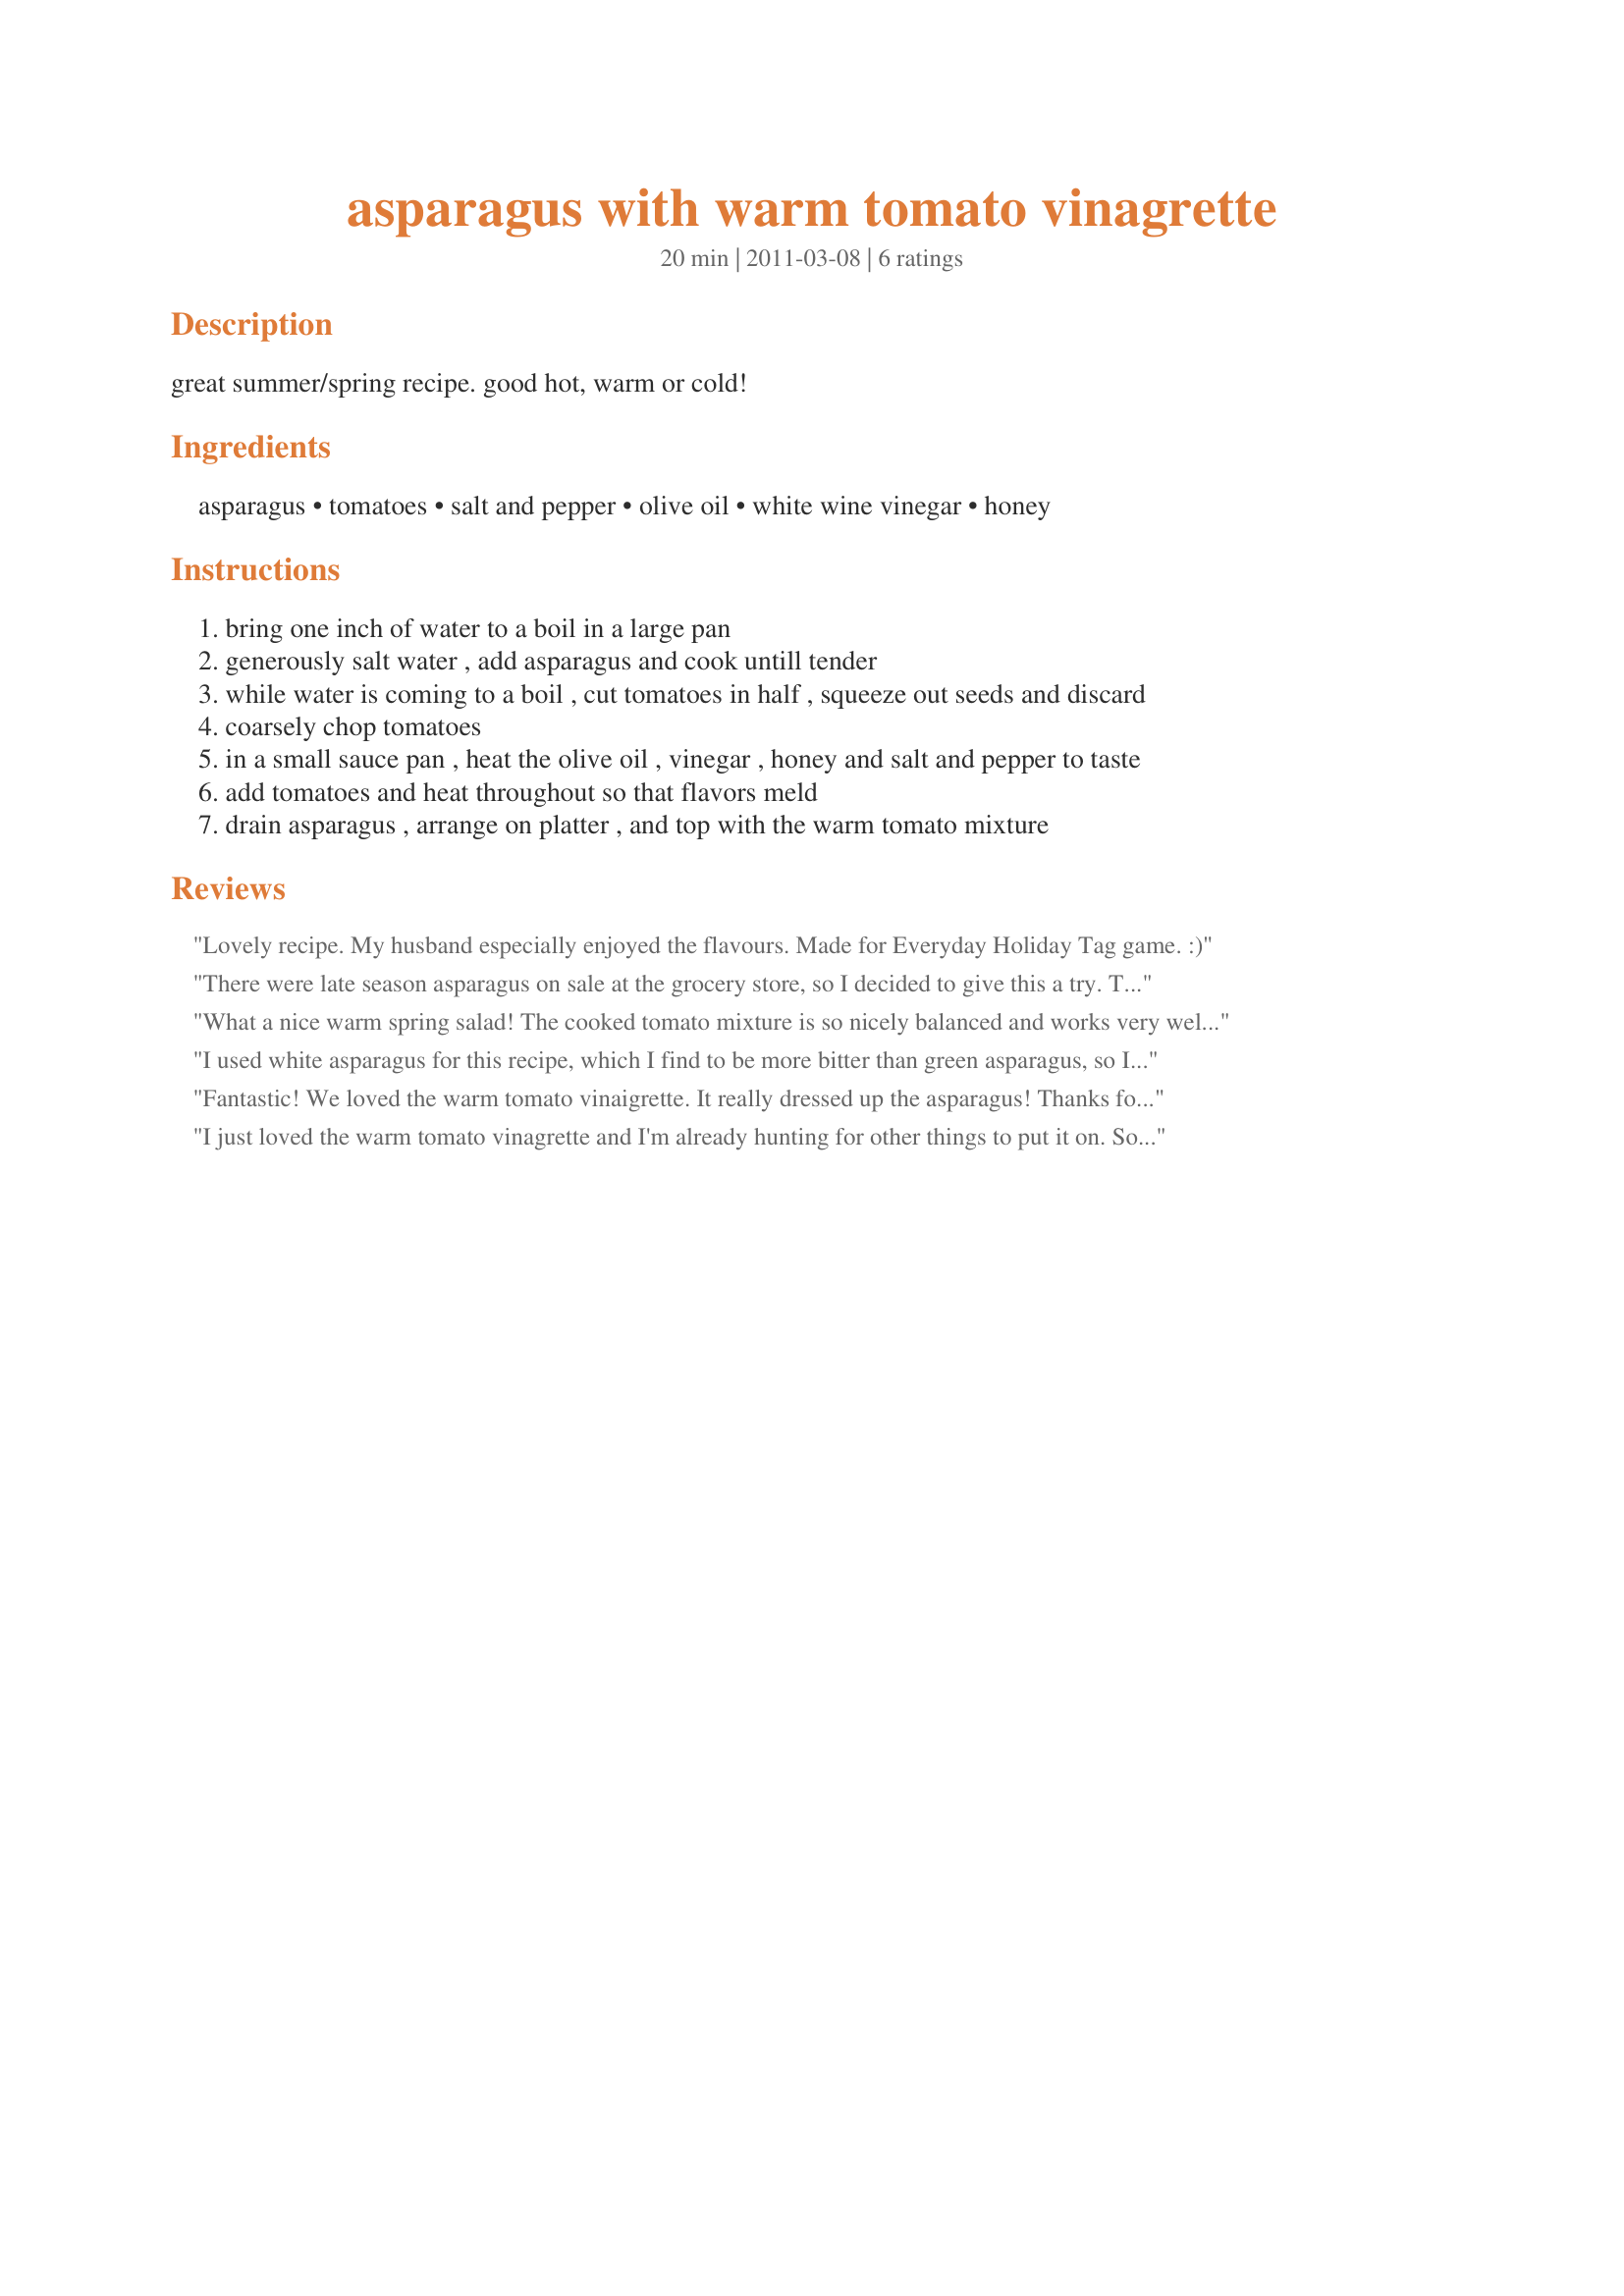
asparagus with warm tomato vinagrette
Preparation time: 20 minutes

great summer/spring recipe. good hot, warm or cold!

Ingredients:
asparagus, tomatoes, salt and pepper, olive oil, white wine vinegar, honey

Steps:
bring one inch of water to a boil in a large pan
generously salt water , add asparagus and cook untill tender
while water is coming to a boil , cut tomatoes in half , squeeze out seeds and discard
coarsely chop tomatoes
in a small sauce pan , heat the olive oil , vinegar , honey and salt and pepper to taste
add tomatoes and heat throughout so that flavors meld
drain asparagus , arrange on platter , and top with the warm tomato mixture

Reviews:
Lovely recipe. My husband especially enjoyed the flavours. Made for Everyday Holiday Tag game. :)
There were late season asparagus on sale at the grocery store, so I decided to give this a try. The asparagus was kind of stringy. We decided we like our asparagus plain better. The tomato and dressing didn't combine well and it was kind of messy.
What a nice warm spring salad! The cooked tomato mixture is so nicely balanced and works very well with the asparagus. Made as written. Thanks for the post.
I used white asparagus for this recipe, which I find to be more bitter than green asparagus, so I upped the amount of honey in the sauce and was pleased with the results. The sauce is great.&lt;br/&gt;Made for ZWT9.
Fantastic! We loved the warm tomato vinaigrette. It really dressed up the asparagus! Thanks for sharing! ZWT7
I just loved the warm tomato vinagrette and I'm already hunting for other things to put it on. So simple - so tasty! K9 Owned/Lesley
